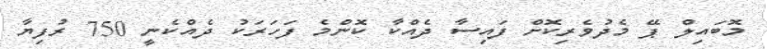
މޮބައިލް ޕޭ މެދުވެރިކޮށް ފައިސާ ދެއްކާ ކޮންމެ ފަހަރަކު ދެއްކެނީ 750 ރުފިޔާ